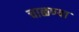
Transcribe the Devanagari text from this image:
चाळण्या